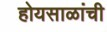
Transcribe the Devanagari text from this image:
होयसाळांची